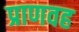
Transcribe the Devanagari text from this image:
प्राणवह